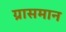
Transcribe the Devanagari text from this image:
ग्रासमान